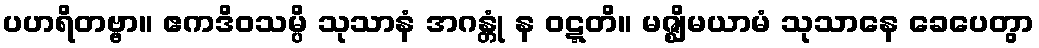
ပဟရိတဗ္ဗာ။ ဧကဒိဝသမ္ပိ သုသာနံ အဂန္တုံ န ဝဋ္ဋတိ။ မဇ္ဈိမယာမံ သုသာနေ ခေပေတွာ